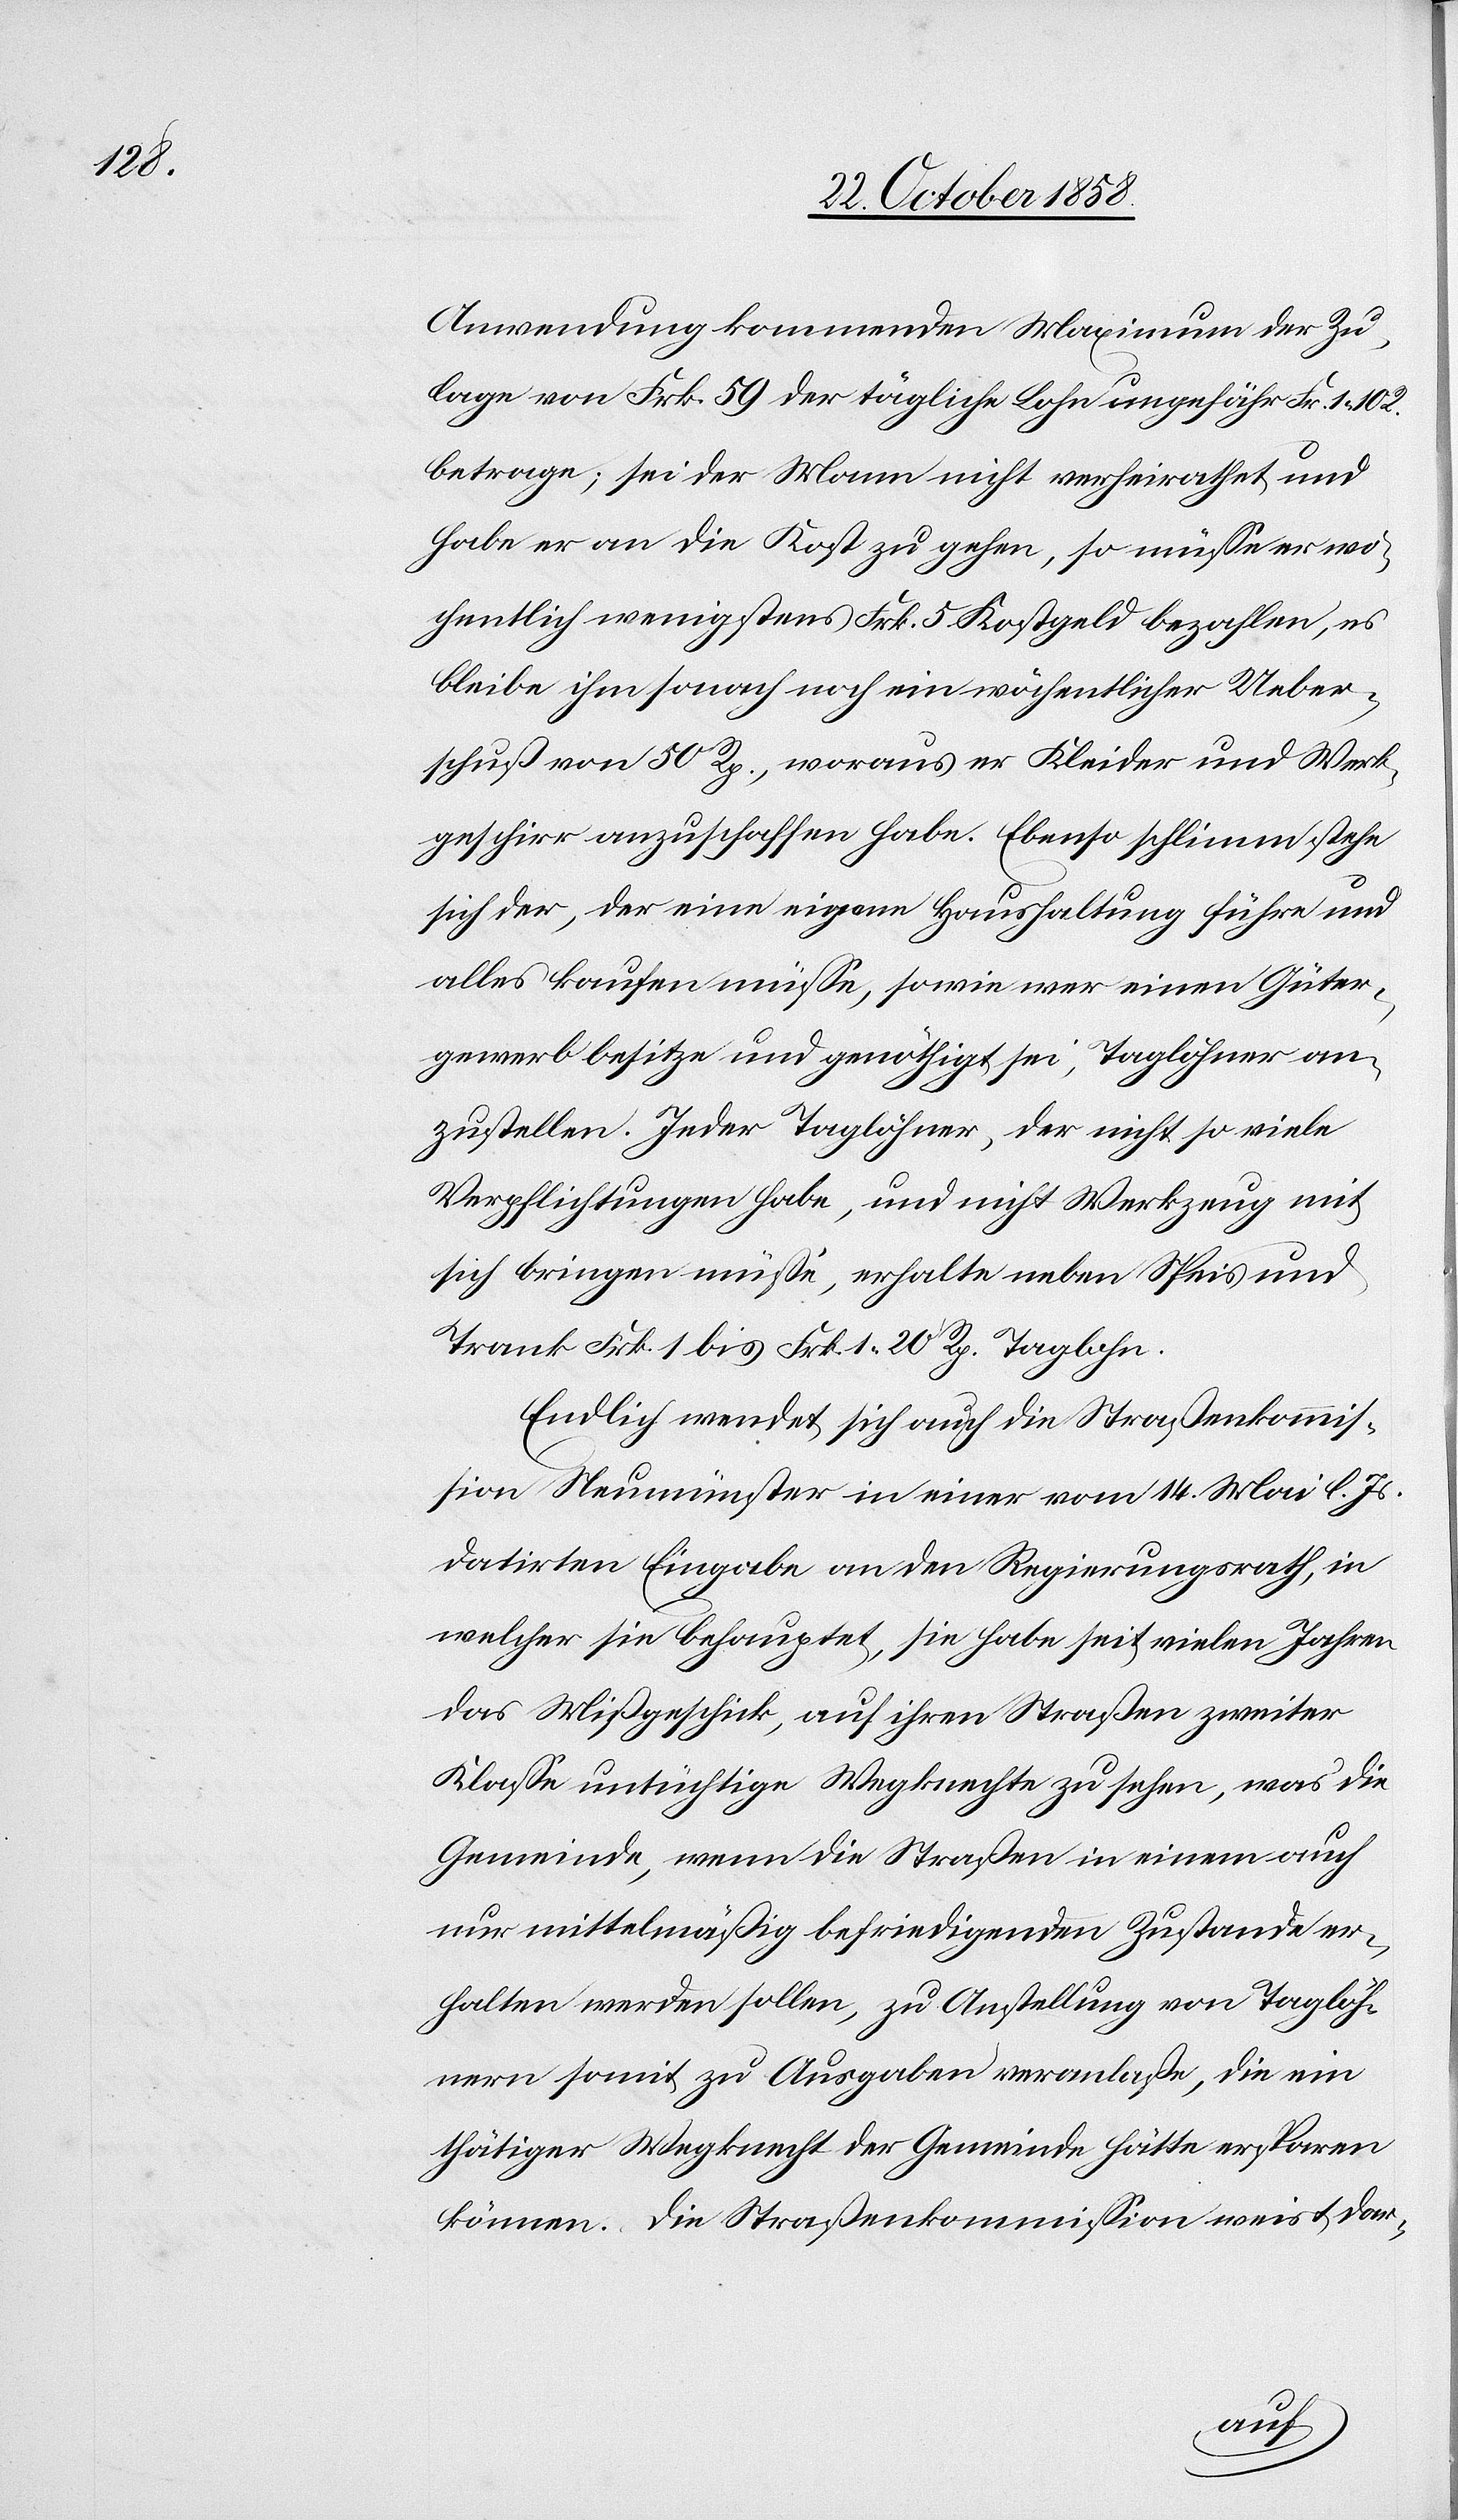
Anwendung kommenden Maximum der Zu¬
lage von Frk. 59 der tägliche Lohn ungefähr Fr. 1 10
betrage; sei der Mann nicht verheirathet und
habe er an die Kost zu gehen, so müsse er wö¬
chentlich wenigstens Frk. 5 Kostgeld bezahlen, es
bleibe ihm sonach noch ein wöchentlicher Ueber¬
schuß von 50 Rp., woraus er Kleider und Werk¬
geschirr anzuschaffen habe. Ebenso schlimm stehe
sich der, der eine eigene Haushaltung führe und
alles kaufen müsse, sowie wer einen Güter¬
gewerb besitze und genöthigt sei, Taglöhner an¬
zustellen. Jeder Taglöhner, der nicht so viele
Verpflichtungen habe, und nicht Werkzeug mit
sich bringen müsse, erhalte neben Speis und
Trank Frk. 1 bis Frk. 1 20 Rp. Taglohn.
Endlich wendet sich auch die Straßenkommis¬
sion Neumünster in einer vom 14. Mai l. Js.
datirten Eingabe an den Regierungsrath, in
welcher sie behauptet, sie habe seit vielen Jahren
das Mißgeschick, auf ihren Straßen zweiter
Klasse untüchtige Wegknechte zu sehen, was die
Gemeinde, wenn die Straßen in einem auch
nur mittelmäßig befriedigenden Zustande er¬
halten werden sollen, zu Anstellung von Taglöh¬
nern somit zu Ausgaben veranlaße, die ein
thätiger Wegknecht der Gemeinde hätte ersparen
können. Die Straßenkommission weist dar-